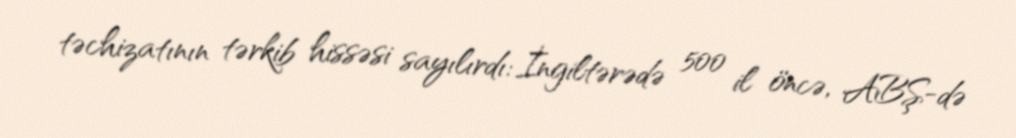
təchizatının tərkib hissəsi sayılırdı: İngiltərədə 500 il öncə, ABŞ-də